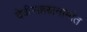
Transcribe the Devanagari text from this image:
देवीसहस्रनामांत